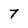
Character: 7